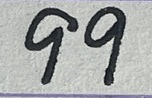
99